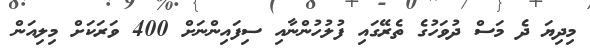
މިދިޔަ ދެ މަސް ދުވަހުގެ ތެރޭގައި ފުލުހުންނާއި ސިފައިންނަށް 400 ވަރަކަށް މިލިއަން